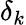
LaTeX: \delta_{k}